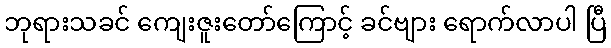
ဘုရားသခင် ကျေးဇူးတော်ကြောင့် ခင်ဗျား ရောက်လာပါ ပြီ